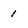
Character: 1